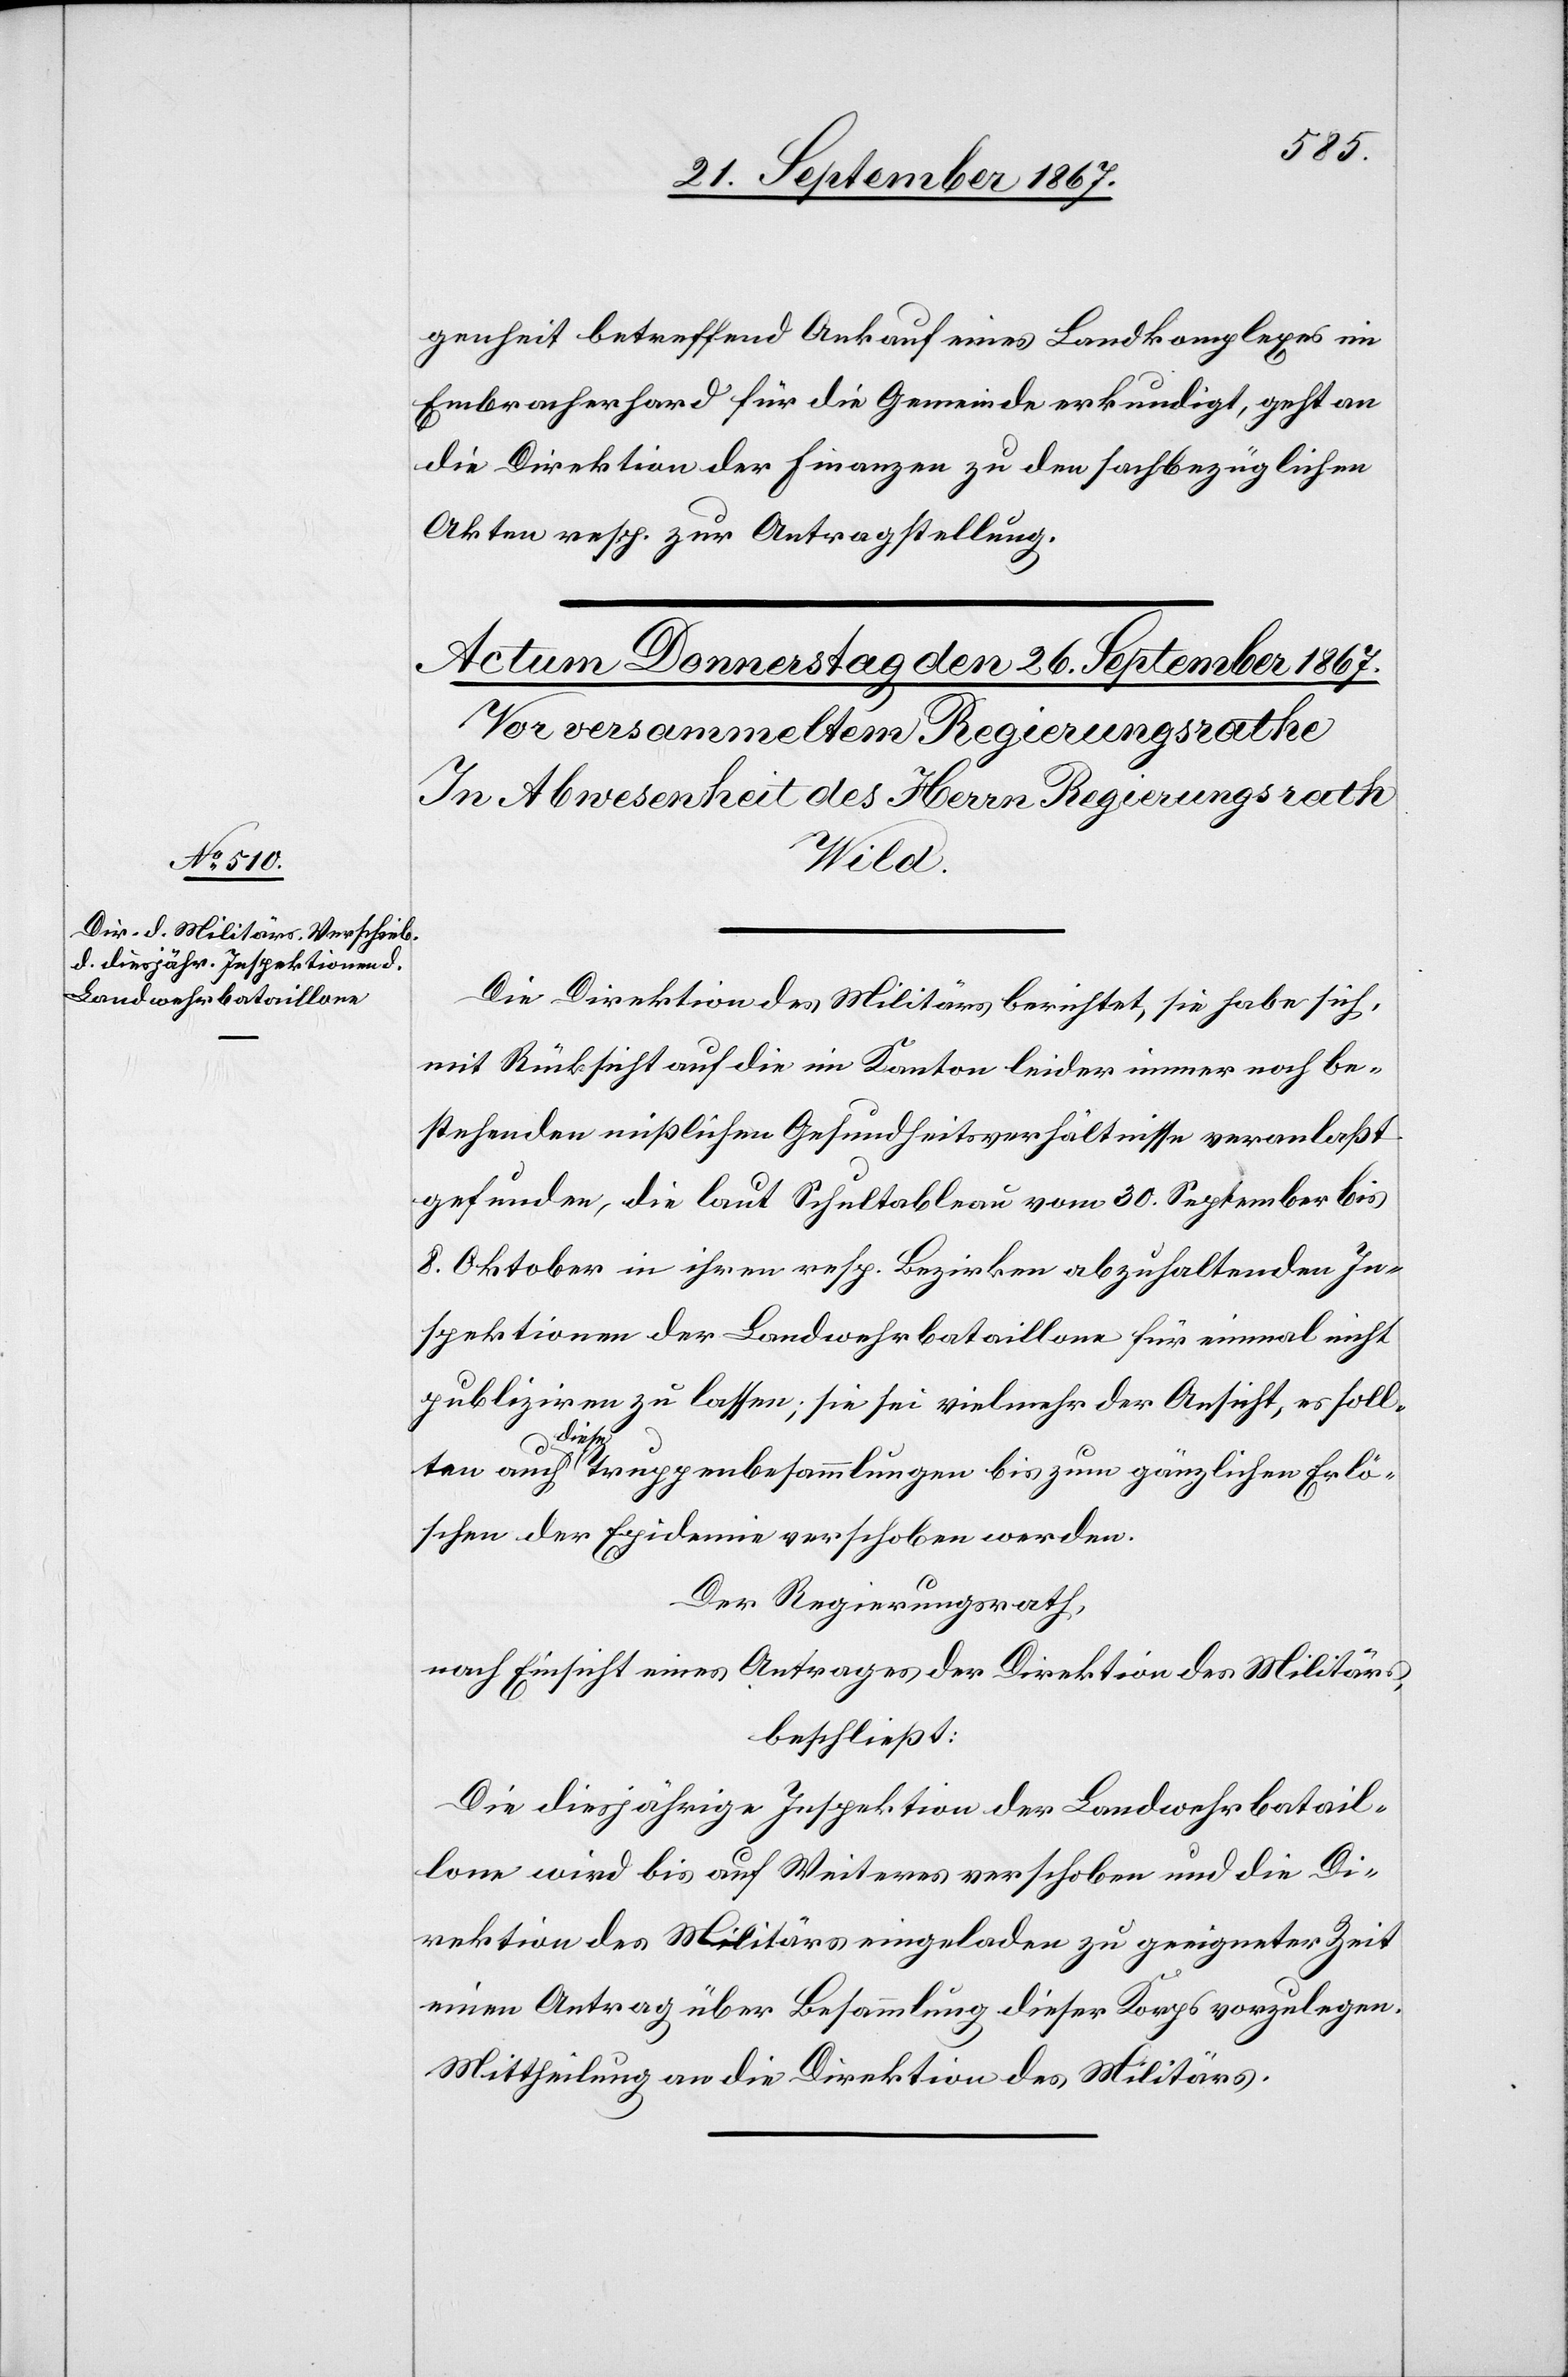
genheit betreffend Ankauf eines Landkomplexes im
Embracherhard für die Gemeinde erkundigt, geht an
die Direktion der Finanzen zu den sachbezüglichen
Akten resp. zur Antragstellung.
Die Direktion des Militärs berichtet, sie habe sich
mit Rücksicht auf die im Kanton leider immer noch be¬
stehenden mißlichen Gesundheitsverhältnisse veranlaßt
gefunden, die laut Schultableau vom 30. September bis
8. Oktober in ihren resp. Bezirken abzuhaltenden In¬
spektionen der Landwehrbataillone für einmal nicht
publiziren zu lassen; sie sei vielmehr der Ansicht, es soll¬
ten auch diese Truppenbesammlungen bis zum gänzlichen Erlö¬
schen der Epidemie verschoben werden.
Der Regierungsrath,
nach Einsicht eines Antrages der Direktion des Militärs,
beschließt:
Die diesjährige Inspektion der Landwehrbatail¬
lone wird bis auf Weiteres verschoben und die Di¬
rektion des Militärs eingeladen zu geeigneter Zeit
einen Antrag über Besammlung dieser Korps vorzulegen.
Mittheilung an die Direktion des Militärs.